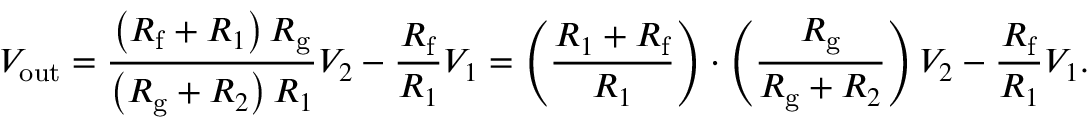
V _ { \mathrm { o u t } } = { \frac { \left( R _ { \mathrm { f } } + R _ { 1 } \right) R _ { \mathrm { g } } } { \left( R _ { \mathrm { g } } + R _ { 2 } \right) R _ { 1 } } } V _ { 2 } - { \frac { R _ { \mathrm { f } } } { R _ { 1 } } } V _ { 1 } = \left( { \frac { R _ { 1 } + R _ { \mathrm { f } } } { R _ { 1 } } } \right) \cdot \left( { \frac { R _ { \mathrm { g } } } { R _ { \mathrm { g } } + R _ { 2 } } } \right) V _ { 2 } - { \frac { R _ { \mathrm { f } } } { R _ { 1 } } } V _ { 1 } .